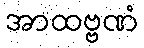
အာထဗ္ဗဏံ